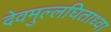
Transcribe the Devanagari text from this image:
देवमुल्लघिताध्वा